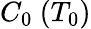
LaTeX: C_{0}~(T_{0})